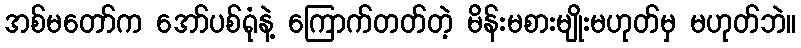
အစ်မတော်က အော်ပစ်ရုံနဲ့ ကြောက်တတ်တဲ့ မိန်းမစားမျိုးမဟုတ်မှ မဟုတ်ဘဲ။